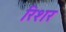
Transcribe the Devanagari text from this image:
रिशर